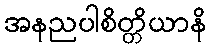
အနညပါစိတ္တိယာနိ